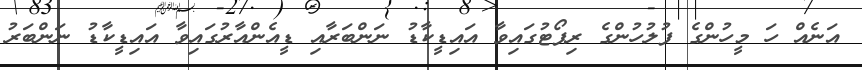
އަނެއް ހަ މީހުންގެ ފުލުހުންގެ ރިޕޯޓުގައިވާ އައިޑީކާޑު ނަންބަރާއި ޑީއެންއާރުގައިވާ އައިޑީކާޑު ނަންބަރު